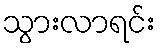
သွားလာရင်း